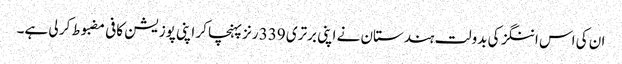
ان کی اس اننگز کی بدولت ہندستان نے اپنی برتری 339 رنز پہنچا کر اپنی پوزیشن کافی مضبوط کر لی ہے۔